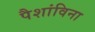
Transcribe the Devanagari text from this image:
पैशांविना